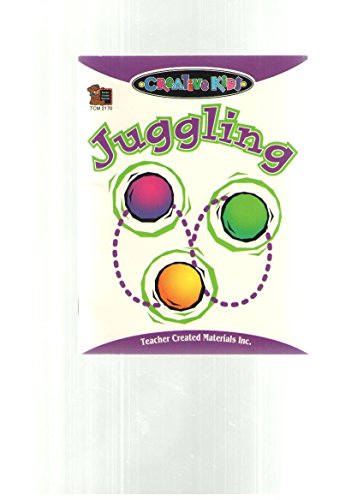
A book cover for Juggling (Creative kids); Dona Rice; Sports & Outdoors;